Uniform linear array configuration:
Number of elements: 24
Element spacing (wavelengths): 1
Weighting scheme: blackman
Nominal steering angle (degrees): -15
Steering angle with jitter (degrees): -15.194
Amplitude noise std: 0.05
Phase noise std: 0.05

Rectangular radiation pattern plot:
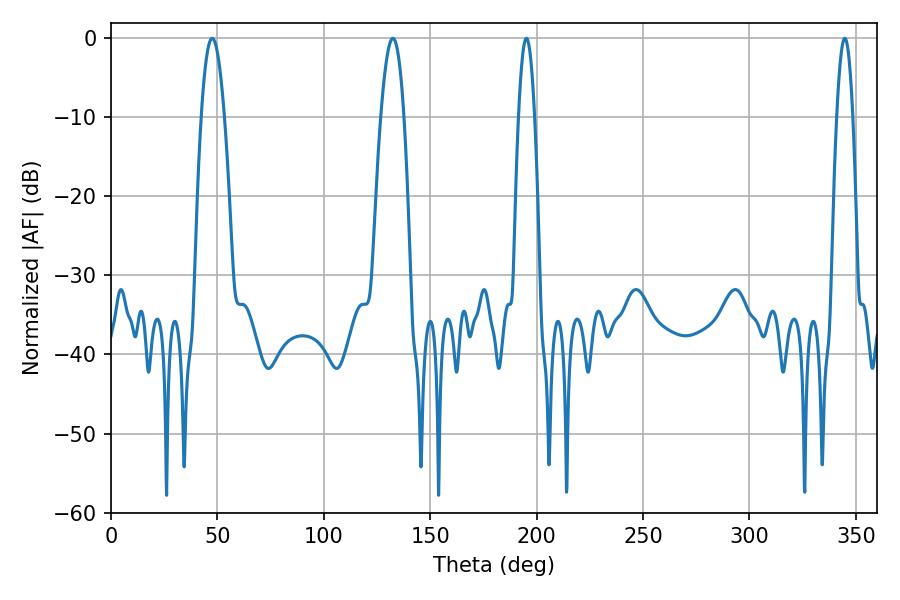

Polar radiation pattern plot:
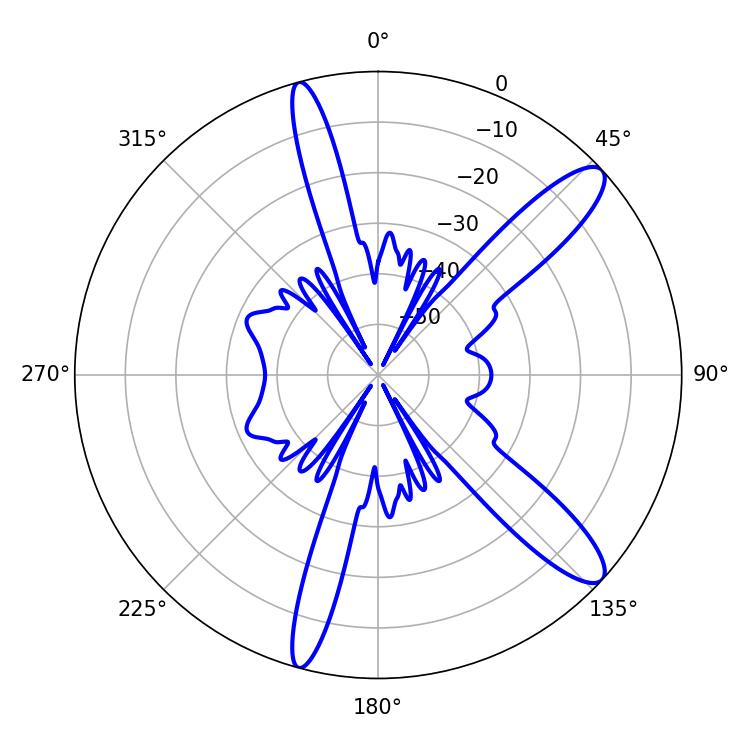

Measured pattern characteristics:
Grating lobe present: TRUE
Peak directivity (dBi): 12.038
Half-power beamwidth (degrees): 5.94
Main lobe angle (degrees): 47.52